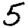
Digit: 5